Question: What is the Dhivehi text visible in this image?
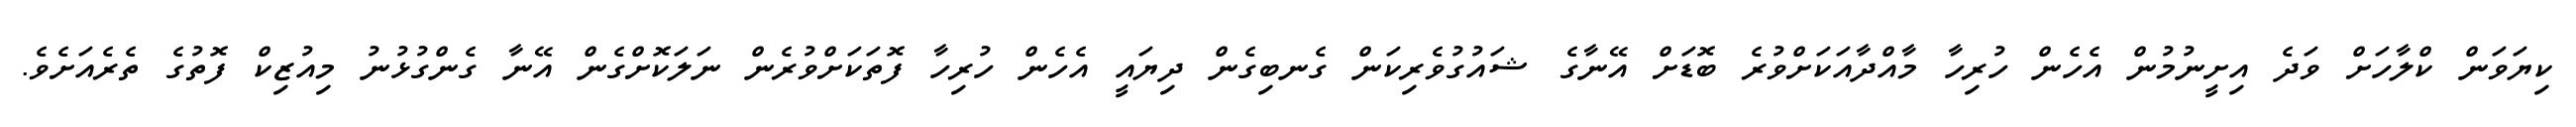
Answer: ކިޔަވަން ކްލާހަށް ވަދެ އިށީނުމުން އެހެން ހުރިހާ މާއްދާއަކަށްވުރެ ބޮޑަށް އޭނާގެ ޝައުގުވެރިކަން ގެނބިގެން ދިޔައީ އެހެން ހުރިހާ ފޮތަކަށްވުރެން ނަލަކޮށްގެން އޭނާ ގެންގުޅުނު މިއުޒިކް ފޮތުގެ ތެރެއަށެވެ.